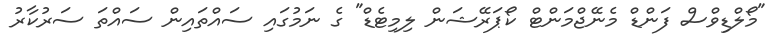
"މޯލްޑިވްސް ފަންޑް މެނޭޖްމަންޓް ކޯޕަރޭޝަން ލިމިޓެޑް" ގެ ނަމުގައި ސައްތައިން ސައްތަ ސަރުކާރު